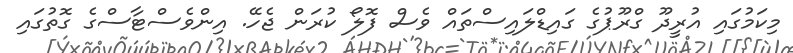
މިކަމުގައި އުރީދޫ ގްރޫޕުގެ ގައިޑްލައިސްތައް ވެސް ފޮލޯ ކުރަން ޖެހޭ. އިންވެސްޓާސްގެ ގޮތުގައި